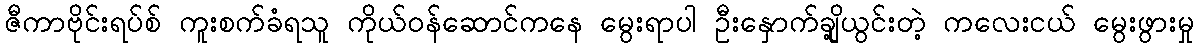
ဇီကာဗိုင်းရပ်စ် ကူးစက်ခံရသူ ကိုယ်ဝန်ဆောင်ကနေ မွေးရာပါ ဦးနှောက်ချို့ယွင်းတဲ့ ကလေးငယ် မွေးဖွားမှု